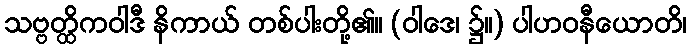
သဗ္ဗတ္ထိကဝါဒီ နိကာယ် တစ်ပါးတို့၏။ (ဝါဒေ၊ ၌။) ပါဟဝနီယောတိ၊